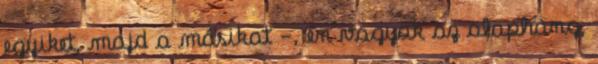
egyiket, majd a másikat -, én vagyok az alaphang,